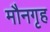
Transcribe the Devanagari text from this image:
मौनगृह